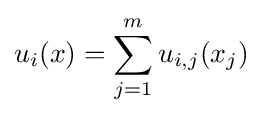
u_{i}(x)=\sum _{j=1}^{m}u_{i,j}(x_{j})